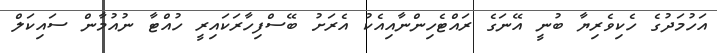
އަހުމަދުގެ ހެކިވެރިޔާ ބުނީ އޭނަގެ ރައްޓެހިންނާއިއެކު އެރަށު ބޭސްފިހާރަކައިރީ ހުއްޓާ ނުއުމާން ސައިކަލް